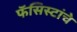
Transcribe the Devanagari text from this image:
फॅसिस्टांचे